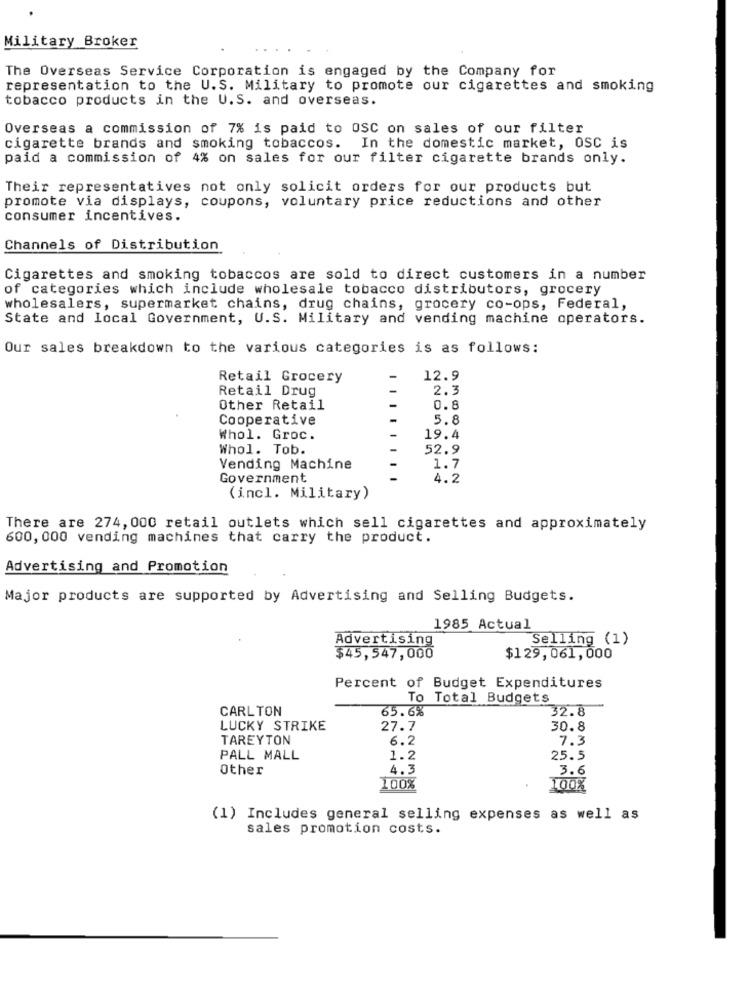
Military Broker
The Overseas Service Corporation is engaged by the Company for
representation to the U.S. Military to promote our cigarettes and smoking
tobacco products in the U.S. and overseas.
Overseas a commission of 7% is paid to OSC on sales of our filter
cigarette brands and smoking tobaccos. In the domestic market, OSC is
paid a commission of 4% on sales for our filter cigarette brands only.
Their representatives not only solicit orders for our products but
promote via displays, coupons, voluntary price reductions and other
consumer incentives.
Channels of Distribution
Cigarettes and smoking tobaccos are sold to direct customers in a number
of categories which include wholesale tobacco distributors, grocery
wholesalers, supermarket chains, drug chains, grocery co-ops, Federal,
State and local Government, U.S. Military and vending machine operators.
Our sales breakdown to the various categories is as follows:
Retail Grocery
12.9
Retail Drug
2.3
Other Retail
0.8
Cooperative
5.8
Whol. Groc.
19.4
Whol. Tob.
52.9
Vending Machine
1.7
Government
4.2
(incl. Military)
There are 274, 000 retail outlets which sell cigarettes and approximately
600, 000 vending machines that carry the product.
Advertising and Promotion
Major products are supported by Advertising and Selling Budgets.
1985 Actual
Advertising
Selling (1)
$45,547,000
$129,061,000
Percent of Budget Expenditures
To Total Budgets
CARLTON
65.6%
32.8
LUCKY STRIKE
27.7
30.8
TAREYTON
6.2
7.3
PALL MALL
1.2
25.5
Other
4.3
3.6
100%
100%
(1) Includes general selling expenses as well as
sales promotion costs.